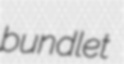
bundlet